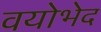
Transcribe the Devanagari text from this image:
वयोभेद